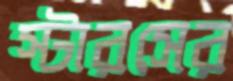
স্টারসের